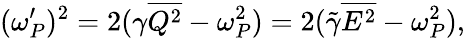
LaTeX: (\omega_{P}^{\prime})^{2}=2(\gamma\overline{{Q^{2}}}-\omega_{P}^{2})=2(\tilde{\gamma}\overline{{E^{2}}}-\omega_{P}^{2}),